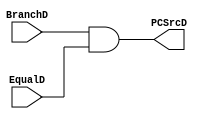
`timescale 1ns / 1ps
//////////////////////////////////////////////////////////////////////////////////
// Company: 
// Engineer: 
// 
// Design Name: 
// Module Name:    And_PCSrcD 
// Project Name: 
// Target Devices: 
// Tool versions: 
// Description: 
//
// Dependencies: 
//
// Revision: 
// Revision 0.01 - File Created
// Additional Comments: 
//
//////////////////////////////////////////////////////////////////////////////////
module And_PCSrcD(
	input wire BranchD,
	input wire EqualD,
	output reg PCSrcD
    );

always@(*)
begin
	PCSrcD <= BranchD && EqualD;
end

endmodule